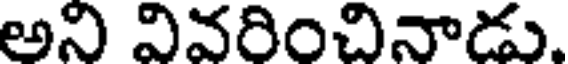
అని వివరించినాడు.